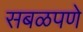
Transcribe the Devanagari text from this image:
सबळपणे